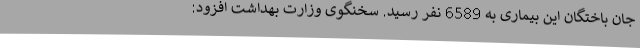
جان باختگان این بیماری به 6589 نفر رسید. سخنگوی وزارت بهداشت افزود: